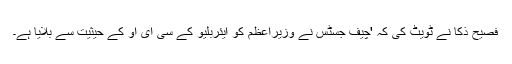
فصیح ذکا نے ٹویٹ کی کہ 'چیف جسٹس نے وزیراعظم کو ایئربلیو کے سی ای او کے حیثیت سے بلایا ہے۔